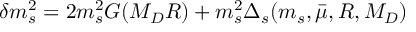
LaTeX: \delta m _ { s } ^ { 2 } = 2 m _ { s } ^ { 2 } G ( M _ { D } R ) + m _ { s } ^ { 2 } \Delta _ { s } ( m _ { s } , \bar { \mu } , R , M _ { D } )